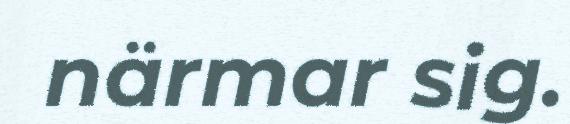
närmar sig.